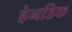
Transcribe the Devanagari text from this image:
हेनडिक